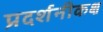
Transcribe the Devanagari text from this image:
प्रदर्शनीकक्ष